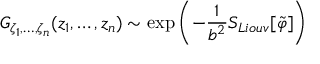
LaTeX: { \cal G } _ { \zeta _ { 1 } , \ldots , \zeta _ { n } } ( z _ { 1 } , \ldots , z _ { n } ) \sim \exp { \left( - { \frac { 1 } { b ^ { 2 } } } S _ { L i o u v } [ \tilde { \varphi } ] \right) }